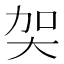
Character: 㚙